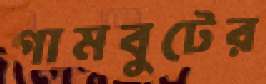
গামবুটের